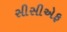
સીસીએફ